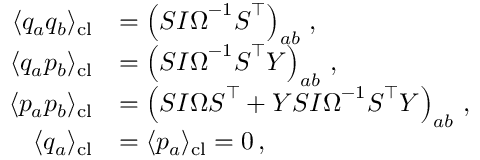
\begin{array} { r l } { \langle q _ { a } q _ { b } \rangle _ { \mathrm { c l } } } & { = \left( \boldsymbol { S } \boldsymbol { I } \boldsymbol { \Omega } ^ { - 1 } \boldsymbol { S } ^ { \intercal } \right) _ { a b } \, , } \\ { \langle q _ { a } p _ { b } \rangle _ { \mathrm { c l } } } & { = \left( \boldsymbol { S } \boldsymbol { I } \boldsymbol { \Omega } ^ { - 1 } \boldsymbol { S } ^ { \intercal } \boldsymbol { Y } \right) _ { a b } \, , } \\ { \langle p _ { a } p _ { b } \rangle _ { \mathrm { c l } } } & { = \left( \boldsymbol { S } \boldsymbol { I } \boldsymbol { \Omega } \boldsymbol { S } ^ { \intercal } + \boldsymbol { Y } \boldsymbol { S } \boldsymbol { I } \boldsymbol { \Omega } ^ { - 1 } \boldsymbol { S } ^ { \intercal } \boldsymbol { Y } \right) _ { a b } \, , } \\ { \langle q _ { a } \rangle _ { \mathrm { c l } } } & { = \langle p _ { a } \rangle _ { \mathrm { c l } } = 0 \, , } \end{array}